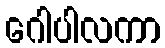
ဂေါပါလကာ